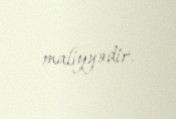
maliyyədir.